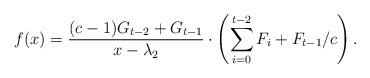
\begin{align*}f(x)=\frac{(c-1)G_{t-2}+G_{t-1}}{x-\lambda_2}\cdot \left(\sum_{i=0}^{t-2}F_i+F_{t-1}/c\right).\end{align*}